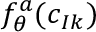
f _ { \theta } ^ { a } ( { \boldsymbol { c } } _ { I k } )